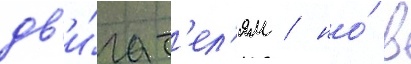
дв'и́гат'ел'ям / но́ в